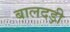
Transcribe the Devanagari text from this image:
बालदड़ी